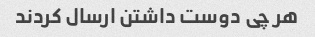
هر چی دوست داشتن ارسال کردند